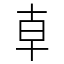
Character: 𠦝